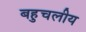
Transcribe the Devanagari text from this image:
बहुचलीय